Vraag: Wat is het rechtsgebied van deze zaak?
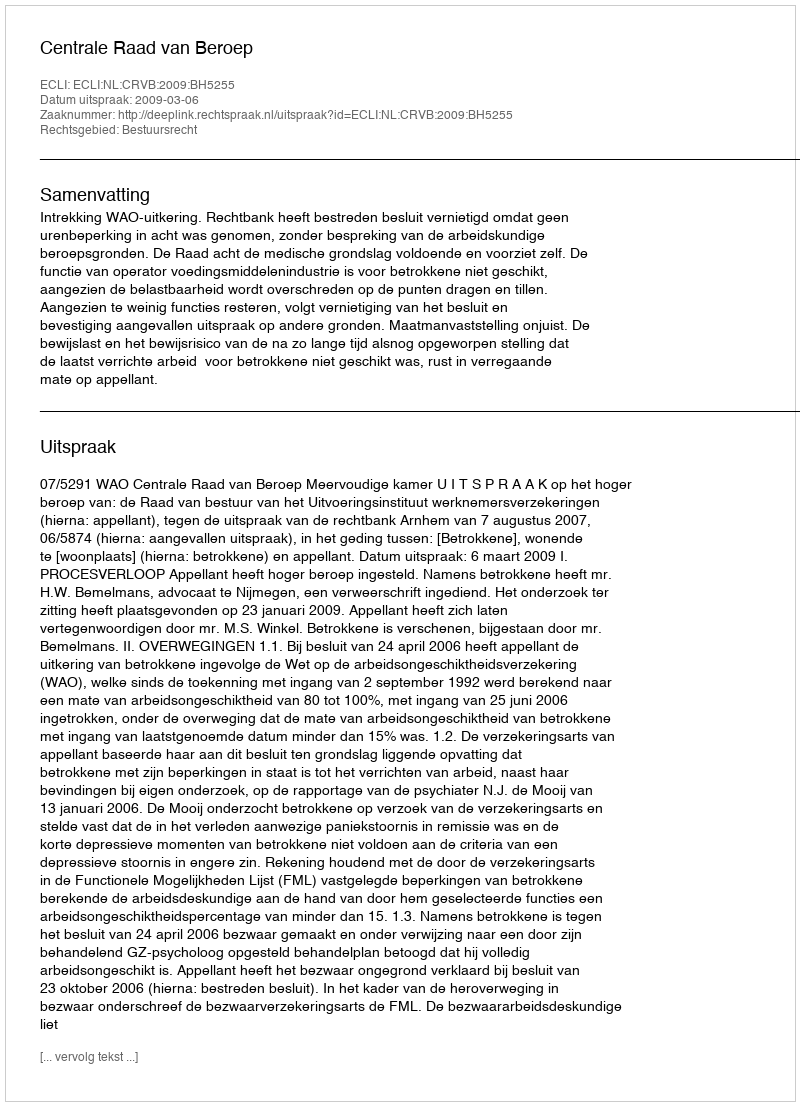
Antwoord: Bestuursrecht